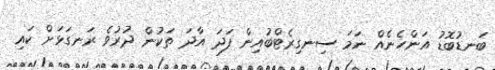
ބަނޑުބޮޑު އަންހެނެއް ނަމަ ސިނގިރެޓްބުއިން ފަދަ އާދަ ތަކުން ދުރުވެ ރަނގަޅަށް ކައި